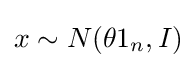
x\sim N(\theta 1_{n},I)\,\!